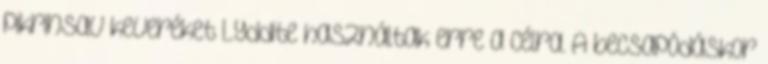
pikrinsav keveréket Lyddite használtak erre a célra. A becsapódáskor